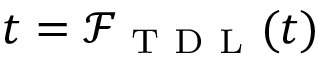
t = \mathcal { F } _ { \mathrm { ~ T ~ D ~ L ~ } } ( t )